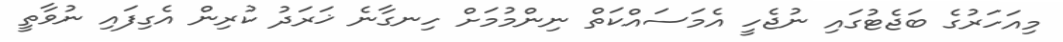
މިއަހަރުގެ ބަޖެޓުގައި ނުޖެހީ އެމަސައްކަތް ނިންމުމަށް ހިނގާނެ ޚަރަދު ކުރިން އެގިފައި ނުވާތީ